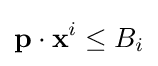
\mathbf {p} \cdot \mathbf {x} ^{i}\leq B_{i}